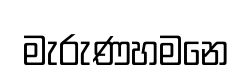
මැරුණහමනෙ